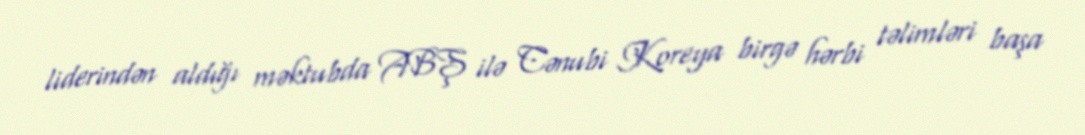
liderindən aldığı məktubda ABŞ ilə Cənubi Koreya birgə hərbi təlimləri başa